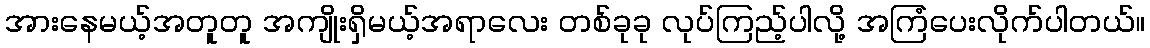
အားနေမယ့်အတူတူ အကျိုးရှိမယ့်အရာလေး တစ်ခုခု လုပ်ကြည့်ပါလို့ အကြံပေးလိုက်ပါတယ်။